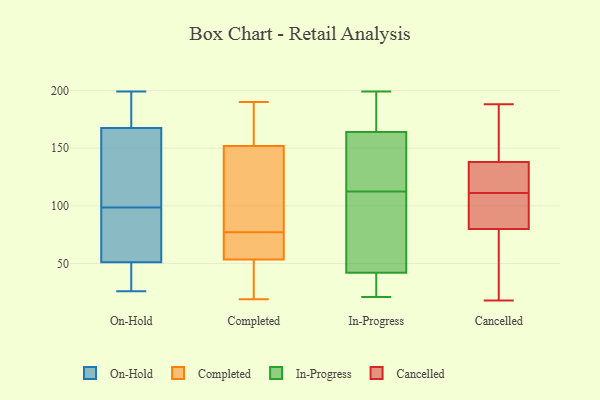
{"axis": {"x": "Energy Usage (MWh)", "y": "Value"}, "legend": ["Cancelled", "Completed", "In-Progress", "On-Hold"], "data": [{"x": "", "y": 175, "type": "On-Hold"}, {"x": "", "y": 84, "type": "On-Hold"}, {"x": "", "y": 45, "type": "On-Hold"}, {"x": "", "y": 184, "type": "On-Hold"}, {"x": "", "y": 55, "type": "On-Hold"}, {"x": "", "y": 47, "type": "On-Hold"}, {"x": "", "y": 180, "type": "On-Hold"}, {"x": "", "y": 134, "type": "On-Hold"}, {"x": "", "y": 113, "type": "On-Hold"}, {"x": "", "y": 36, "type": "On-Hold"}, {"x": "", "y": 80, "type": "On-Hold"}, {"x": "", "y": 68, "type": "On-Hold"}, {"x": "", "y": 33, "type": "On-Hold"}, {"x": "", "y": 56, "type": "On-Hold"}, {"x": "", "y": 155, "type": "On-Hold"}, {"x": "", "y": 199, "type": "On-Hold"}, {"x": "", "y": 160, "type": "On-Hold"}, {"x": "", "y": 124, "type": "On-Hold"}, {"x": "", "y": 186, "type": "On-Hold"}, {"x": "", "y": 26, "type": "On-Hold"}, {"x": "", "y": 19, "type": "Completed"}, {"x": "", "y": 190, "type": "Completed"}, {"x": "", "y": 181, "type": "Completed"}, {"x": "", "y": 118, "type": "Completed"}, {"x": "", "y": 72, "type": "Completed"}, {"x": "", "y": 158, "type": "Completed"}, {"x": "", "y": 38, "type": "Completed"}, {"x": "", "y": 122, "type": "Completed"}, {"x": "", "y": 19, "type": "Completed"}, {"x": "", "y": 64, "type": "Completed"}, {"x": "", "y": 77, "type": "Completed"}, {"x": "", "y": 151, "type": "Completed"}, {"x": "", "y": 40, "type": "Completed"}, {"x": "", "y": 173, "type": "Completed"}, {"x": "", "y": 77, "type": "Completed"}, {"x": "", "y": 68, "type": "Completed"}, {"x": "", "y": 122, "type": "Completed"}, {"x": "", "y": 152, "type": "Completed"}, {"x": "", "y": 50, "type": "Completed"}, {"x": "", "y": 21, "type": "In-Progress"}, {"x": "", "y": 97, "type": "In-Progress"}, {"x": "", "y": 82, "type": "In-Progress"}, {"x": "", "y": 164, "type": "In-Progress"}, {"x": "", "y": 147, "type": "In-Progress"}, {"x": "", "y": 41, "type": "In-Progress"}, {"x": "", "y": 168, "type": "In-Progress"}, {"x": "", "y": 129, "type": "In-Progress"}, {"x": "", "y": 24, "type": "In-Progress"}, {"x": "", "y": 170, "type": "In-Progress"}, {"x": "", "y": 93, "type": "In-Progress"}, {"x": "", "y": 174, "type": "In-Progress"}, {"x": "", "y": 128, "type": "In-Progress"}, {"x": "", "y": 42, "type": "In-Progress"}, {"x": "", "y": 199, "type": "In-Progress"}, {"x": "", "y": 22, "type": "In-Progress"}, {"x": "", "y": 147, "type": "In-Progress"}, {"x": "", "y": 81, "type": "In-Progress"}, {"x": "", "y": 109, "type": "Cancelled"}, {"x": "", "y": 87, "type": "Cancelled"}, {"x": "", "y": 36, "type": "Cancelled"}, {"x": "", "y": 113, "type": "Cancelled"}, {"x": "", "y": 127, "type": "Cancelled"}, {"x": "", "y": 83, "type": "Cancelled"}, {"x": "", "y": 77, "type": "Cancelled"}, {"x": "", "y": 154, "type": "Cancelled"}, {"x": "", "y": 65, "type": "Cancelled"}, {"x": "", "y": 109, "type": "Cancelled"}, {"x": "", "y": 91, "type": "Cancelled"}, {"x": "", "y": 138, "type": "Cancelled"}, {"x": "", "y": 138, "type": "Cancelled"}, {"x": "", "y": 177, "type": "Cancelled"}, {"x": "", "y": 166, "type": "Cancelled"}, {"x": "", "y": 136, "type": "Cancelled"}, {"x": "", "y": 127, "type": "Cancelled"}, {"x": "", "y": 188, "type": "Cancelled"}, {"x": "", "y": 18, "type": "Cancelled"}, {"x": "", "y": 62, "type": "Cancelled"}]}